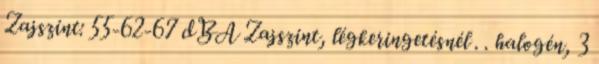
Zajszint: 55-62-67 dBA Zajszint, légkeringetésnél . . halogén, 3